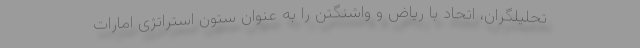
تحلیلگران، اتحاد با ریاض و واشنگتن را به عنوان ستون استراتژی امارات